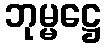
ဘုမ္မဋ္ဌေ